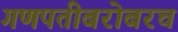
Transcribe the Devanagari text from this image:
गणपतीबरोबरच